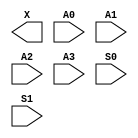
module sky130_fd_sc_ms__udp_mux_4to2 (
    X ,
    A0,
    A1,
    A2,
    A3,
    S0,
    S1
);

    output X ;
    input  A0;
    input  A1;
    input  A2;
    input  A3;
    input  S0;
    input  S1;
endmodule